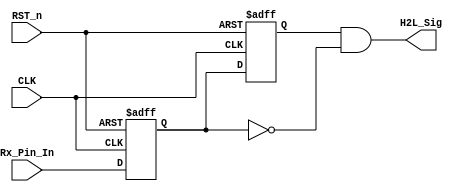
`timescale 1ns / 1ps
//////////////////////////////////////////////////////////////////////////////////
// Company: 
// Engineer: 
// 
// Design Name: 
// Module Name:    detect_module 
// Project Name: 
// Target Devices: 
// Tool versions: 
// Description: 
//
// Dependencies: 
//
// Revision: 
// Revision 0.01 - File Created
// Additional Comments: 
//
//////////////////////////////////////////////////////////////////////////////////
module detect_module(
    CLK,
    RST_n,
    Rx_Pin_In,
    H2L_Sig
    );
    
    input CLK;
    input RST_n;
    input Rx_Pin_In;
    output H2L_Sig;
    
    reg H2L_F1;
    reg H2L_F2;
    
    always @(posedge CLK or negedge RST_n) begin
        if (!RST_n) begin
            H2L_F1 <= 1'b1;
            H2L_F2 <= 1'b1;
        end
        else begin
            H2L_F1 <= Rx_Pin_In;
            H2L_F2 <= H2L_F1;
        end
    end
    
    // (H2L_F1) (H2L_F2)
    //  
    assign H2L_Sig = H2L_F2 & !H2L_F1;

endmodule